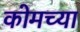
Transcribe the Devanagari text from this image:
कोमच्या